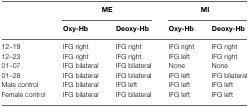
|  | <COLSPAN=2> ME | <COLSPAN=2> MI |
 |  | Oxy-Hb | Deoxy-Hb | Oxy-Hb | Deoxy-Hb |
 | --- | --- | --- | --- | --- |
 | 12–19 | IFG right | IFG right | IFG right | IFG right |
 | 12–23 | IFG right | IFG right | IFG left | IFG right |
 | 01–07 | IFG bilateral | IFG bilateral | None | None |
 | 01–28 | IFG bilateral | IFG bilateral | IFG left | IFG bilateral |
 | Male control | IFG bilateral | IFG left | IFG left | IFG left |
 | Female control | IFG bilateral | IFG bilateral | IFG left | IFG left |